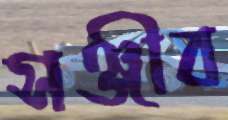
সঞ্জীব